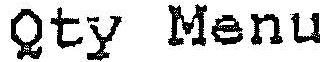
QTY MENU